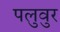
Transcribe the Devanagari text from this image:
पलुवुर